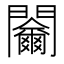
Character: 𨷬